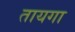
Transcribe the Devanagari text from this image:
तायगा